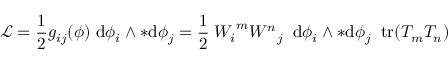
{ \mathcal { L } } = { \frac { 1 } { 2 } } g _ { i j } ( \phi ) \; \mathrm { d } \phi _ { i } \wedge { * \mathrm { d } \phi _ { j } } = { \frac { 1 } { 2 } } \; { W _ { i } } ^ { m } { W ^ { n } } _ { j } \; \; \mathrm { d } \phi _ { i } \wedge { * \mathrm { d } \phi _ { j } } \; \; \mathrm { t r } ( T _ { m } T _ { n } )